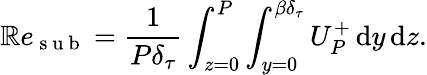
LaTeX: \mathbb{R}e_{\mathrm{{~s~u~b~}}}=\frac{{1}}{{P\delta_{\tau}}}\int_{z=0}^{P}\int_{y=0}^{{\beta}\delta_{\tau}}U_{P}^{+}\, \mathrm{{d}}y\, \mathrm{{d}}z.